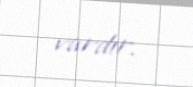
vardır.